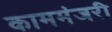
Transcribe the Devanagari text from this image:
काममंजरी